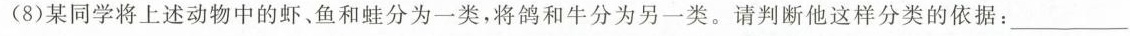
(8)某同学将上述动物中的虾、鱼和蛙分为一类，将鸽和牛分为另一类。请判断他这样分类的依据：\underline